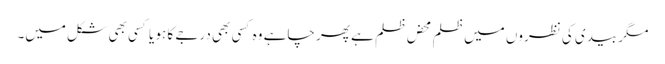
مگر بیدی کی نظروں میں ظلم محض ظلم ہے پھر چاہے وہ کسی بھی درجے کا ہو یا کسی بھی شکل میں۔